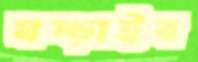
ঘষ্‌ড়াইব